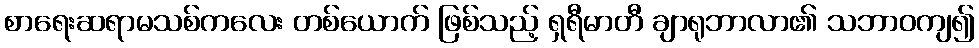
စာရေးဆရာမသစ်ကလေး တစ်ယောက် ဖြစ်သည့် ရှရီမာတီ ချာရုဘာလာ၏ သဘာဝကျ၍